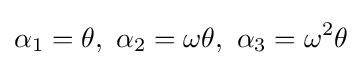
\alpha _{1}=\theta ,\ \alpha _{2}=\omega \theta ,\ \alpha _{3}=\omega ^{2}\theta